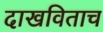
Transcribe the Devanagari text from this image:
दाखविताच